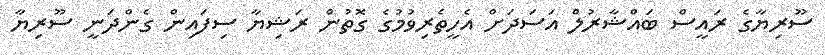
ސޫރިޔާގެ ރައީސް ބައްޝާރުލް އަސަދަށް އެހީތެރިވުމުގެ ގޮތުން ރަޝިޔާ ސިފައިން ގެންދަނީ ސޫރިޔާ